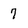
Character: 7